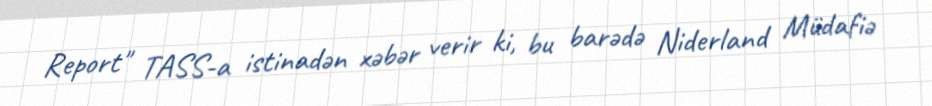
Report" TASS-a istinadən xəbər verir ki, bu barədə Niderland Müdafiə